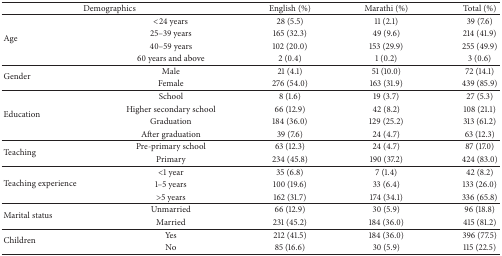
| <COLSPAN=2> Demographics | English (%) | Marathi (%) | Total (%) |
 | --- | --- | --- | --- | --- |
 | <ROWSPAN=4> Age | <24 years | 28 (5.5) | 11 (2.1) | 39 (7.6) |
 | 25–39 years | 165 (32.3) | 49 (9.6) | 214 (41.9) |
 | 40–59 years | 102 (20.0) | 153 (29.9) | 255 (49.9) |
 | 60 years and above | 2 (0.4) | 1 (0.2) | 3 (0.6) |
 | <ROWSPAN=2> Gender | Male | 21 (4.1) | 51 (10.0) | 72 (14.1) |
 | Female | 276 (54.0) | 163 (31.9) | 439 (85.9) |
 | <ROWSPAN=4> Education | School | 8 (1.6) | 19 (3.7) | 27 (5.3) |
 | Higher secondary school | 66 (12.9) | 42 (8.2) | 108 (21.1) |
 | Graduation | 184 (36.0) | 129 (25.2) | 313 (61.2) |
 | After graduation | 39 (7.6) | 24 (4.7) | 63 (12.3) |
 | <ROWSPAN=2> Teaching | Pre-primary school | 63 (12.3) | 24 (4.7) | 87 (17.0) |
 | Primary | 234 (45.8) | 190 (37.2) | 424 (83.0) |
 | <ROWSPAN=3> Teaching experience | <1 year | 35 (6.8) | 7 (1.4) | 42 (8.2) |
 | 1–5 years | 100 (19.6) | 33 (6.4) | 133 (26.0) |
 | >5 years | 162 (31.7) | 174 (34.1) | 336 (65.8) |
 | <ROWSPAN=2> Marital status | Unmarried | 66 (12.9) | 30 (5.9) | 96 (18.8) |
 | Married | 231 (45.2) | 184 (36.0) | 415 (81.2) |
 | <ROWSPAN=2> Children | Yes | 212 (41.5) | 184 (36.0) | 396 (77.5) |
 | No | 85 (16.6) | 30 (5.9) | 115 (22.5) |